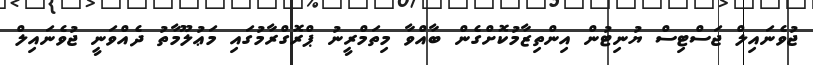
ޖުވެނައިލް ޖަސްޓިސް ޔުނިޓުން އިންތިޒާމުކޮށްގެން ބާއްވާ މިތަމްރީނު ޕްރޮގްރާމުގައި މަޢުލޫމާތު ދެއްވަނީ ޖުވެނައިލް